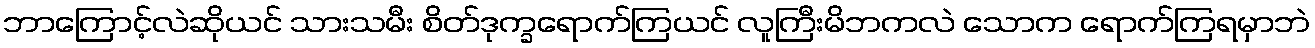
ဘာကြောင့်လဲဆိုယင် သားသမီး စိတ်ဒုက္ခရောက်ကြယင် လူကြီးမိဘကလဲ သောက ရောက်ကြရမှာဘဲ